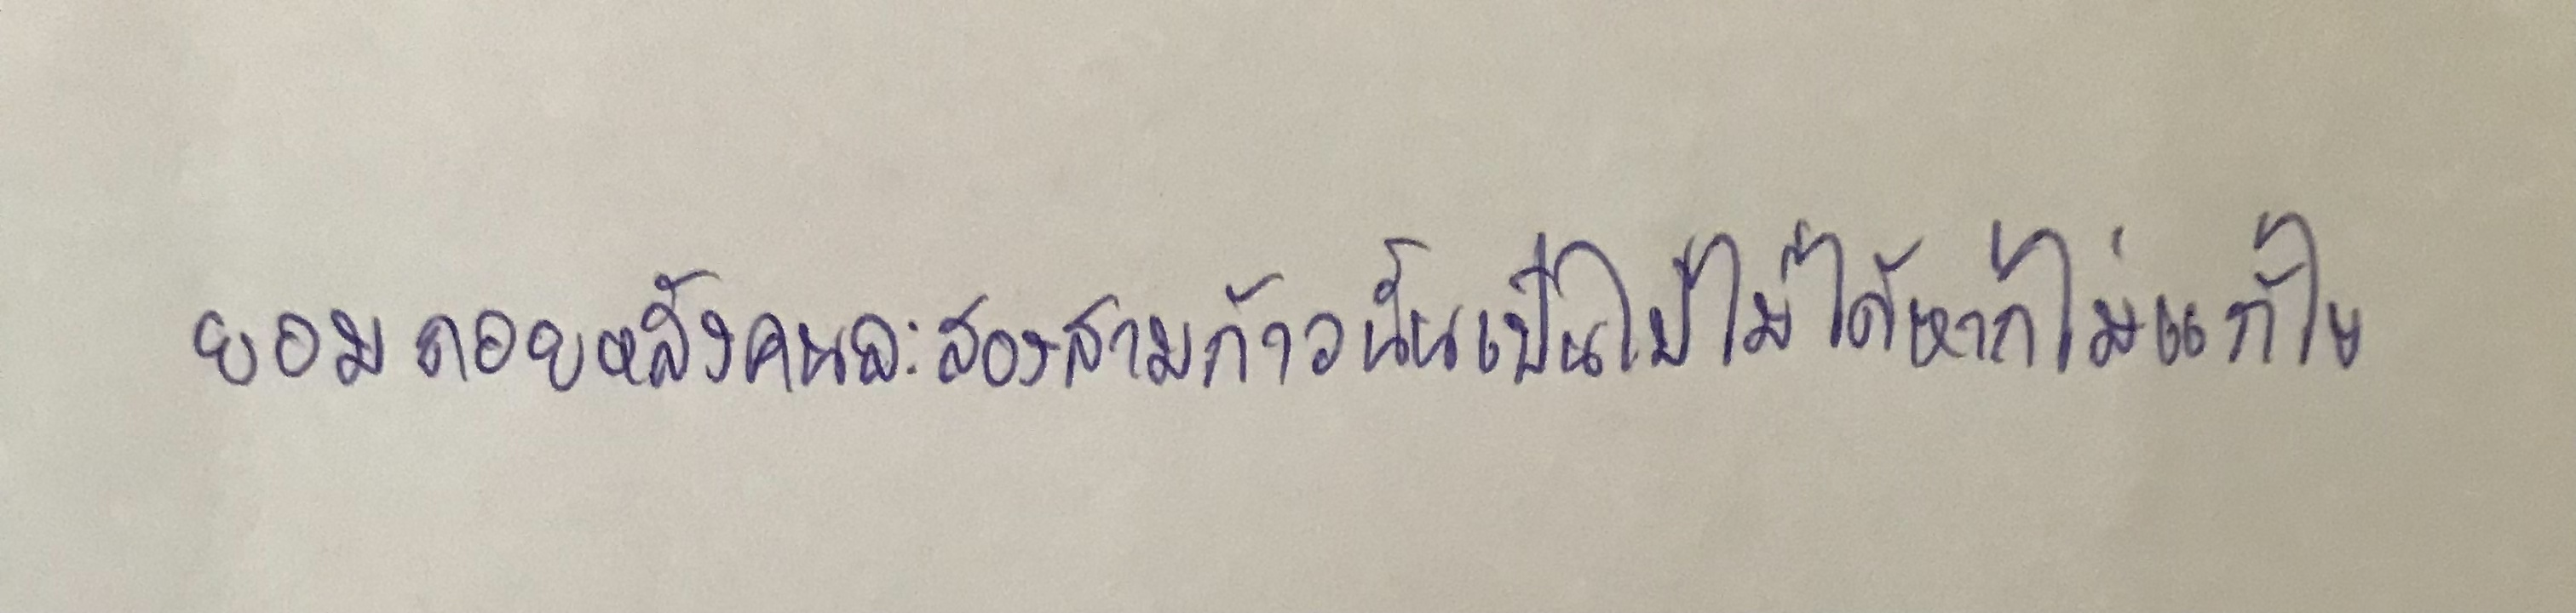
ยอมถอยหลังคนละสองสามก้าวนั้นเป็นไปไม่ได้หากไม่แก้ไข